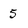
Character: 5